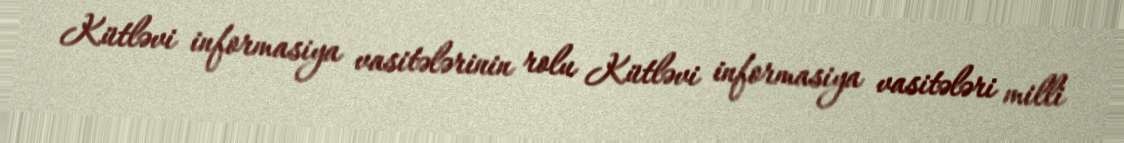
Kütləvi informasiya vasitələrinin rolu Kütləvi informasiya vasitələri milli